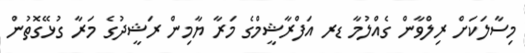
މިސާލަކަށް ރިލްވާން ގެއްލުމާ ޑރ އަފްރާޝީމްގެ މަރާ ޔާމިން ރަޝީދުގެ މަރާ ގުޅޭގޮތުން